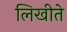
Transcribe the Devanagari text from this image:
लिखीते